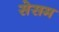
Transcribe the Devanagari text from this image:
सेसम